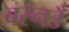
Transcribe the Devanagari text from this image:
बरनउँ